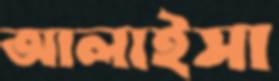
আলাইসা